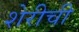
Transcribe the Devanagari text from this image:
शेरीची